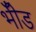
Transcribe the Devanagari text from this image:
भीँड